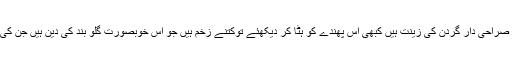
یہ جو پیلے باریک موتیوں کی مالائیں صراحی دار گردن کی زینت ہیں کبھی اس پھندے کو ہٹا کر دیکھئے توکتنے زخم ہیں جو اس خوبصورت گلو بند کی دَین ہیں جن کی تیاری میں مہینوں خرچ ہو جاتے ہیں۔